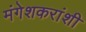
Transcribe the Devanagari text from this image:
मंगेशकरांशी